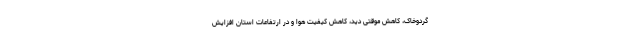
گردوخاک، کاهش موقتی دید، کاهش کیفیت هوا و در ارتفاعات استان افزایش